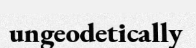
ungeodetically